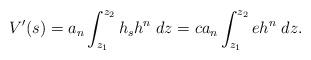
LaTeX: \begin{align*}V'(s)=a_n\int_{z_1}^{z_2}h_s h^n \;dz=c a_n\int_{z_1}^{z_2}eh^n\;dz.\end{align*}